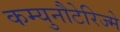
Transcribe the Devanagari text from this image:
कम्युनौटेरिज्मे